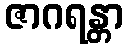
ဇာဂရန္တာ